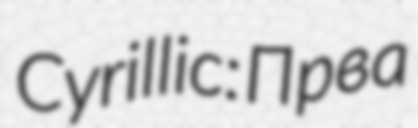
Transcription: Cyrillic: Прва